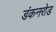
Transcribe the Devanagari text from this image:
डंकनरोड